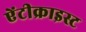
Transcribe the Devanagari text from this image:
ऐंटीक्राइस्ट